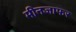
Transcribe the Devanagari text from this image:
मीनजाफर